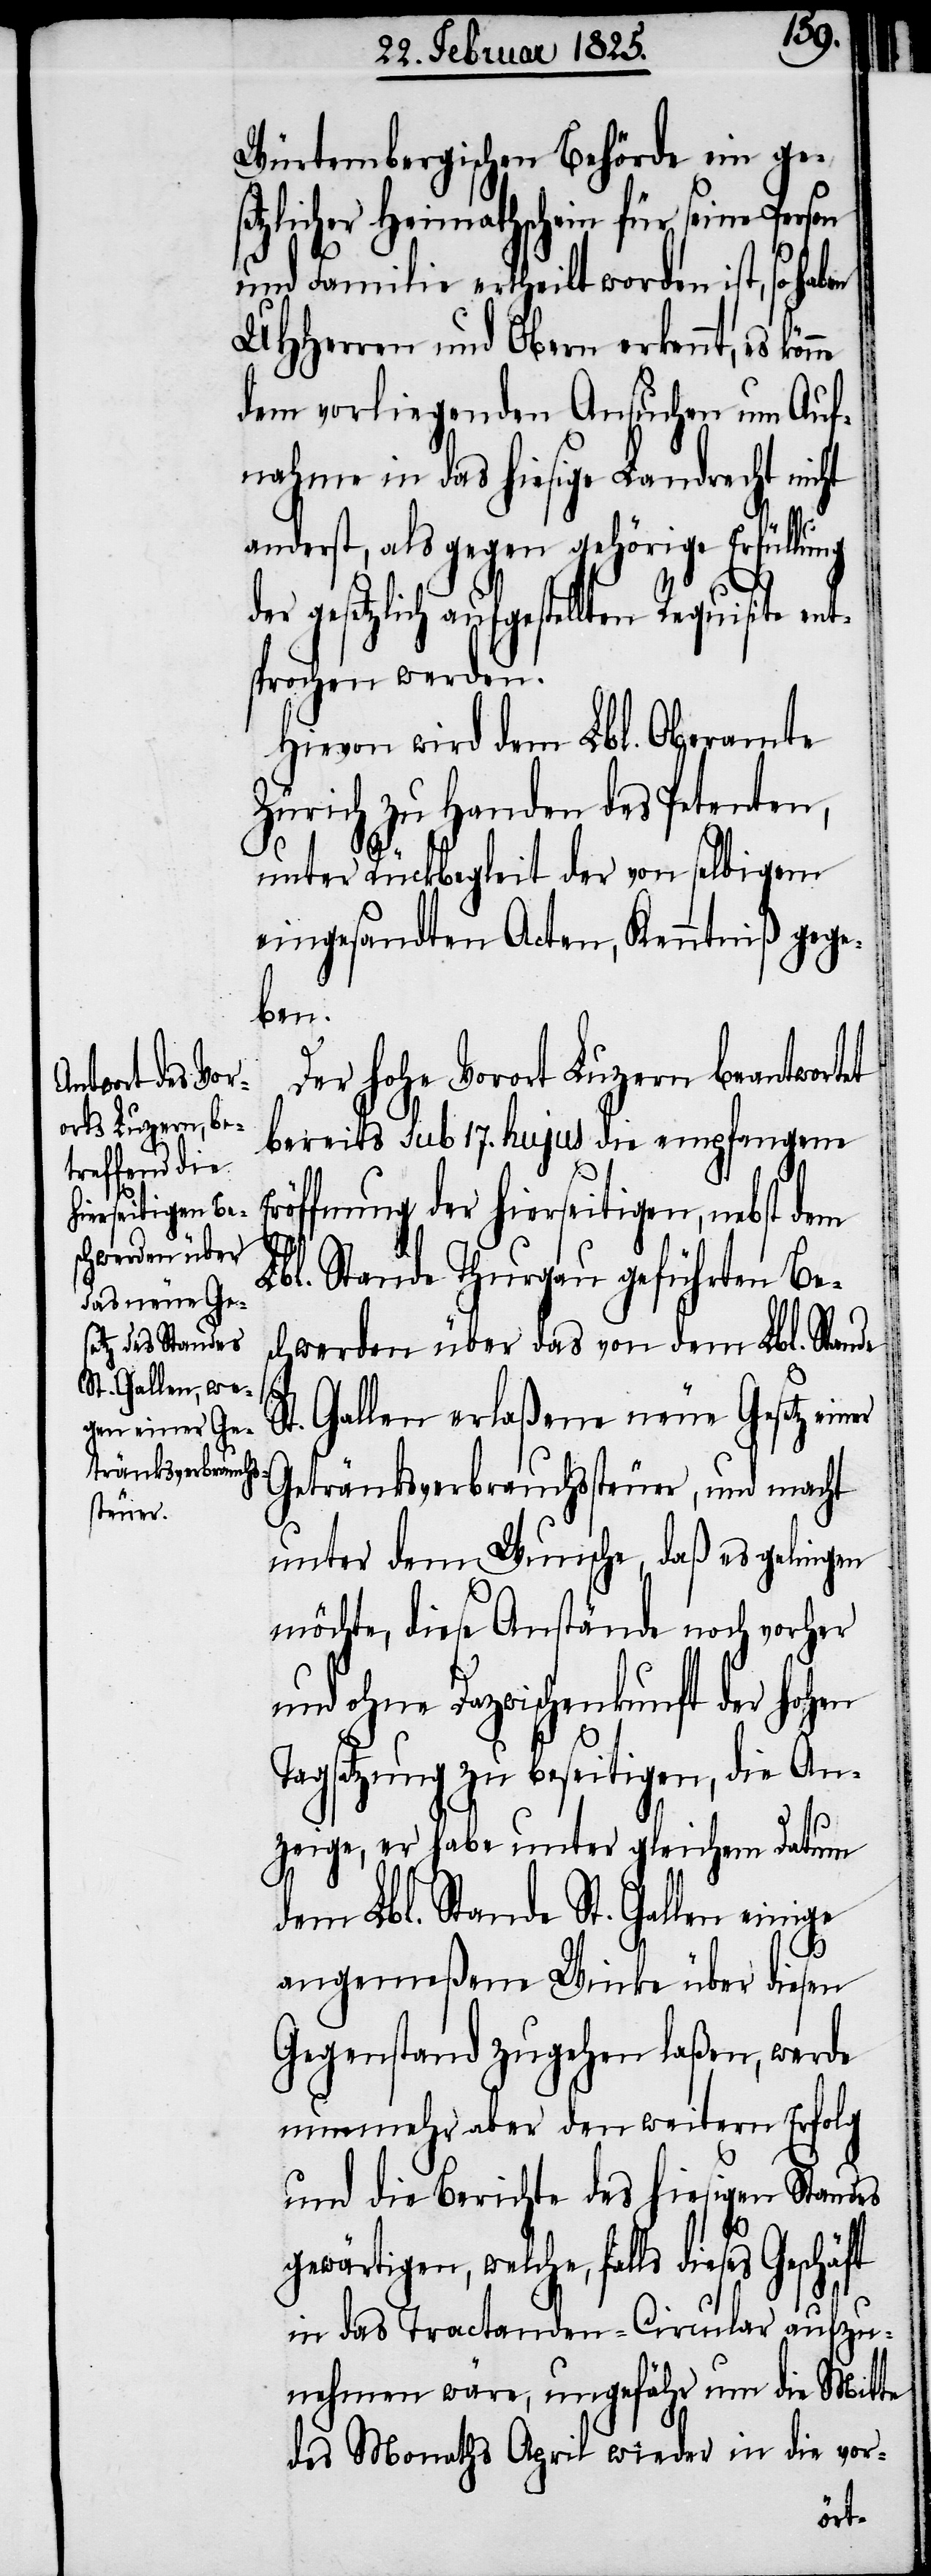
Würtembergischen Behörde ein ge¬
zlicher Heimathschein für seine
und Familie ertheilt worden ist, so ha¬
UHHerren und Obern erkennt, es
dem vorliegenden Ansuchen um Auf¬
nahme in das hiesige Landrecht nicht
anderst, als gegen gehörige Erfüllung
der gesetzlich aufgestellten Requisite
sprochen werden.
Hievon wird dem Lbl. Oberamte
Zürich zu Handen des Petenten,
unter Rückbegleit der von selbigem
eingesandten Acten, Kenntniß gege¬
ben.
Der hohe Vorort Luzern beantwortet
bereits sub 17. hujus die empfangene
öffnung der hierseitigen, nebst
Lbl. Stande Thurgau geführten Bes¬
chwerden über das von dem Lbl. Stande
St. Gallen erlaßene neue Gesetz einer
Getränksverbrauchssteuer, und macht
unter dem Wunsche, daß es gelingen
möchte, diese Anstände noch vorher
und ohne Dazwischenkunft der hohen
Tagsatzung zu beseitigen, die An¬
zeige, er habe unter gleichem Datum
dem Lbl. Stande St. Gallen einige
angemeßene Winke über diesen
Gegenstand zugehen laßen, werde
nunmehr aber den weitern Erfolg
und die Berichte des hiesigen Standes
gewärtigen, welche, falls dieses Geschäft
in das Tractanden-Circular aufzu¬
nehmen wäre, ungefähr um die Mitte
des Monaths April wieder in die vor-
Er¬